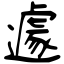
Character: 遽